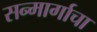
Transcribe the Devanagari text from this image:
सन्मार्गाचा